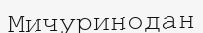
Мичуринодан